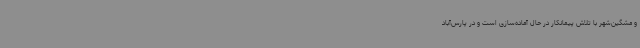
و مشگین‌شهر با تلاش پیمانکار در حال آماده‌سازی است و در پارس‌آباد